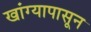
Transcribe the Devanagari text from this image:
खांग्यापासून